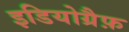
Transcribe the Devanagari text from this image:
इडियोग्रैफ़